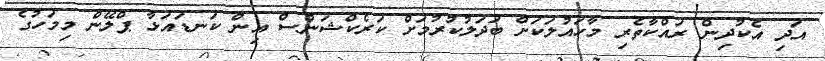
އަދި އެކުދިން ރައްކާތެރި މާހައުލަކަށް ބަދަލުކުރުމަށް ކަރެކްޝަންސް އިން ކަނޑައަޅާ ޕްލޭން މިމަހުގެ